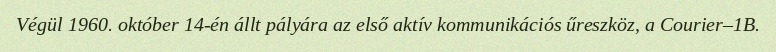
Végül 1960. október 14-én állt pályára az első aktív kommunikációs űreszköz, a Courier–1B.